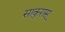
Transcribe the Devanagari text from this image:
साकुरास्